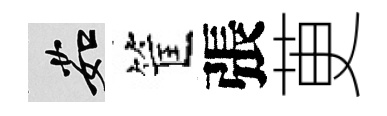
茹筐張茰